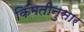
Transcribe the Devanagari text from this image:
किंमतीनुसार